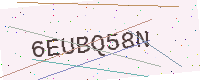
Text: 6EUBQ58N